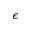
\epsilon